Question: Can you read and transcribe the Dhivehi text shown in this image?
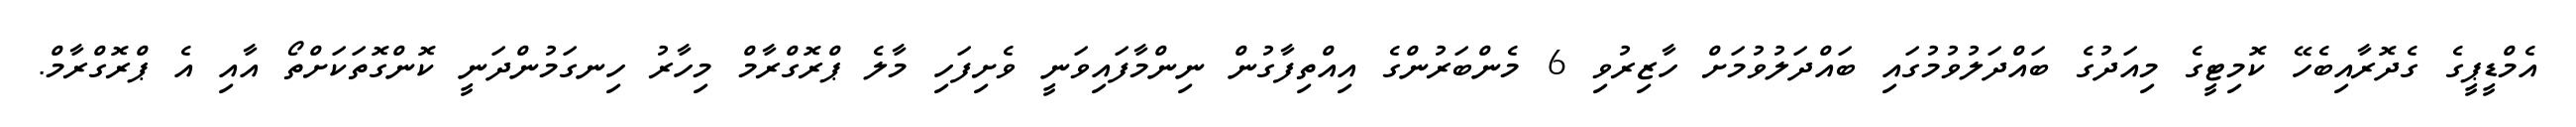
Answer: އެމްޑީޕީގެ ގެދޮރާއިބެހޭ ކޮމިޓީގެ މިއަދުގެ ބައްދަލުވުމުގައި ބައްދަލުވުމަށް ހާޒިރުވި 6 މެންބަރުންގެ އިއްތިފާގުން ނިންމާފައިވަނީ ވެށިފަހި މާލެ ޕްރޮގްރާމް މިހާރު ހިނގަމުންދަނީ ކޮންގޮތަކަށްތޯ އާއި އެ ޕްރޮގްރާމް.